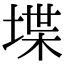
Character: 堞